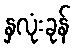
နှလုံးခုန်